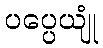
ပပ္ပေယျုံ